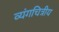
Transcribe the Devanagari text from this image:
व्यंगचित्रीय